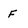
Character: F